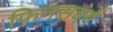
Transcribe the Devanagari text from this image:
फिनसबर्ग